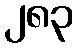
၂၈၃